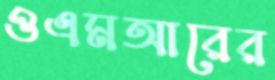
ওএমআরের